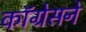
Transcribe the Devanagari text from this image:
कॉग्रेसने